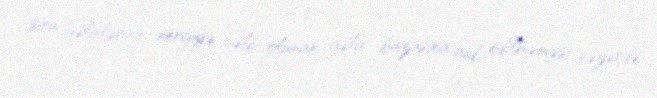
sıra gəlirlərinin vergiyə cəlb olunan gəlir bazasına aid edilməməsi nəzərdə